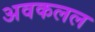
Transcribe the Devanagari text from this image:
अवकलल